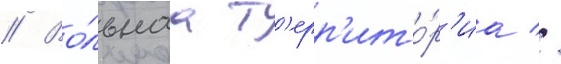
// Во́льнаа т'ерр'ито́р'иа //